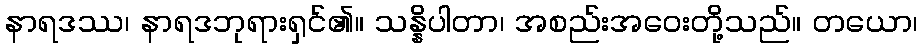
နာရဒဿ၊ နာရဒဘုရားရှင်၏။ သန္နိပါတာ၊ အစည်းအဝေးတို့သည်။ တယော၊